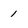
Character: 1